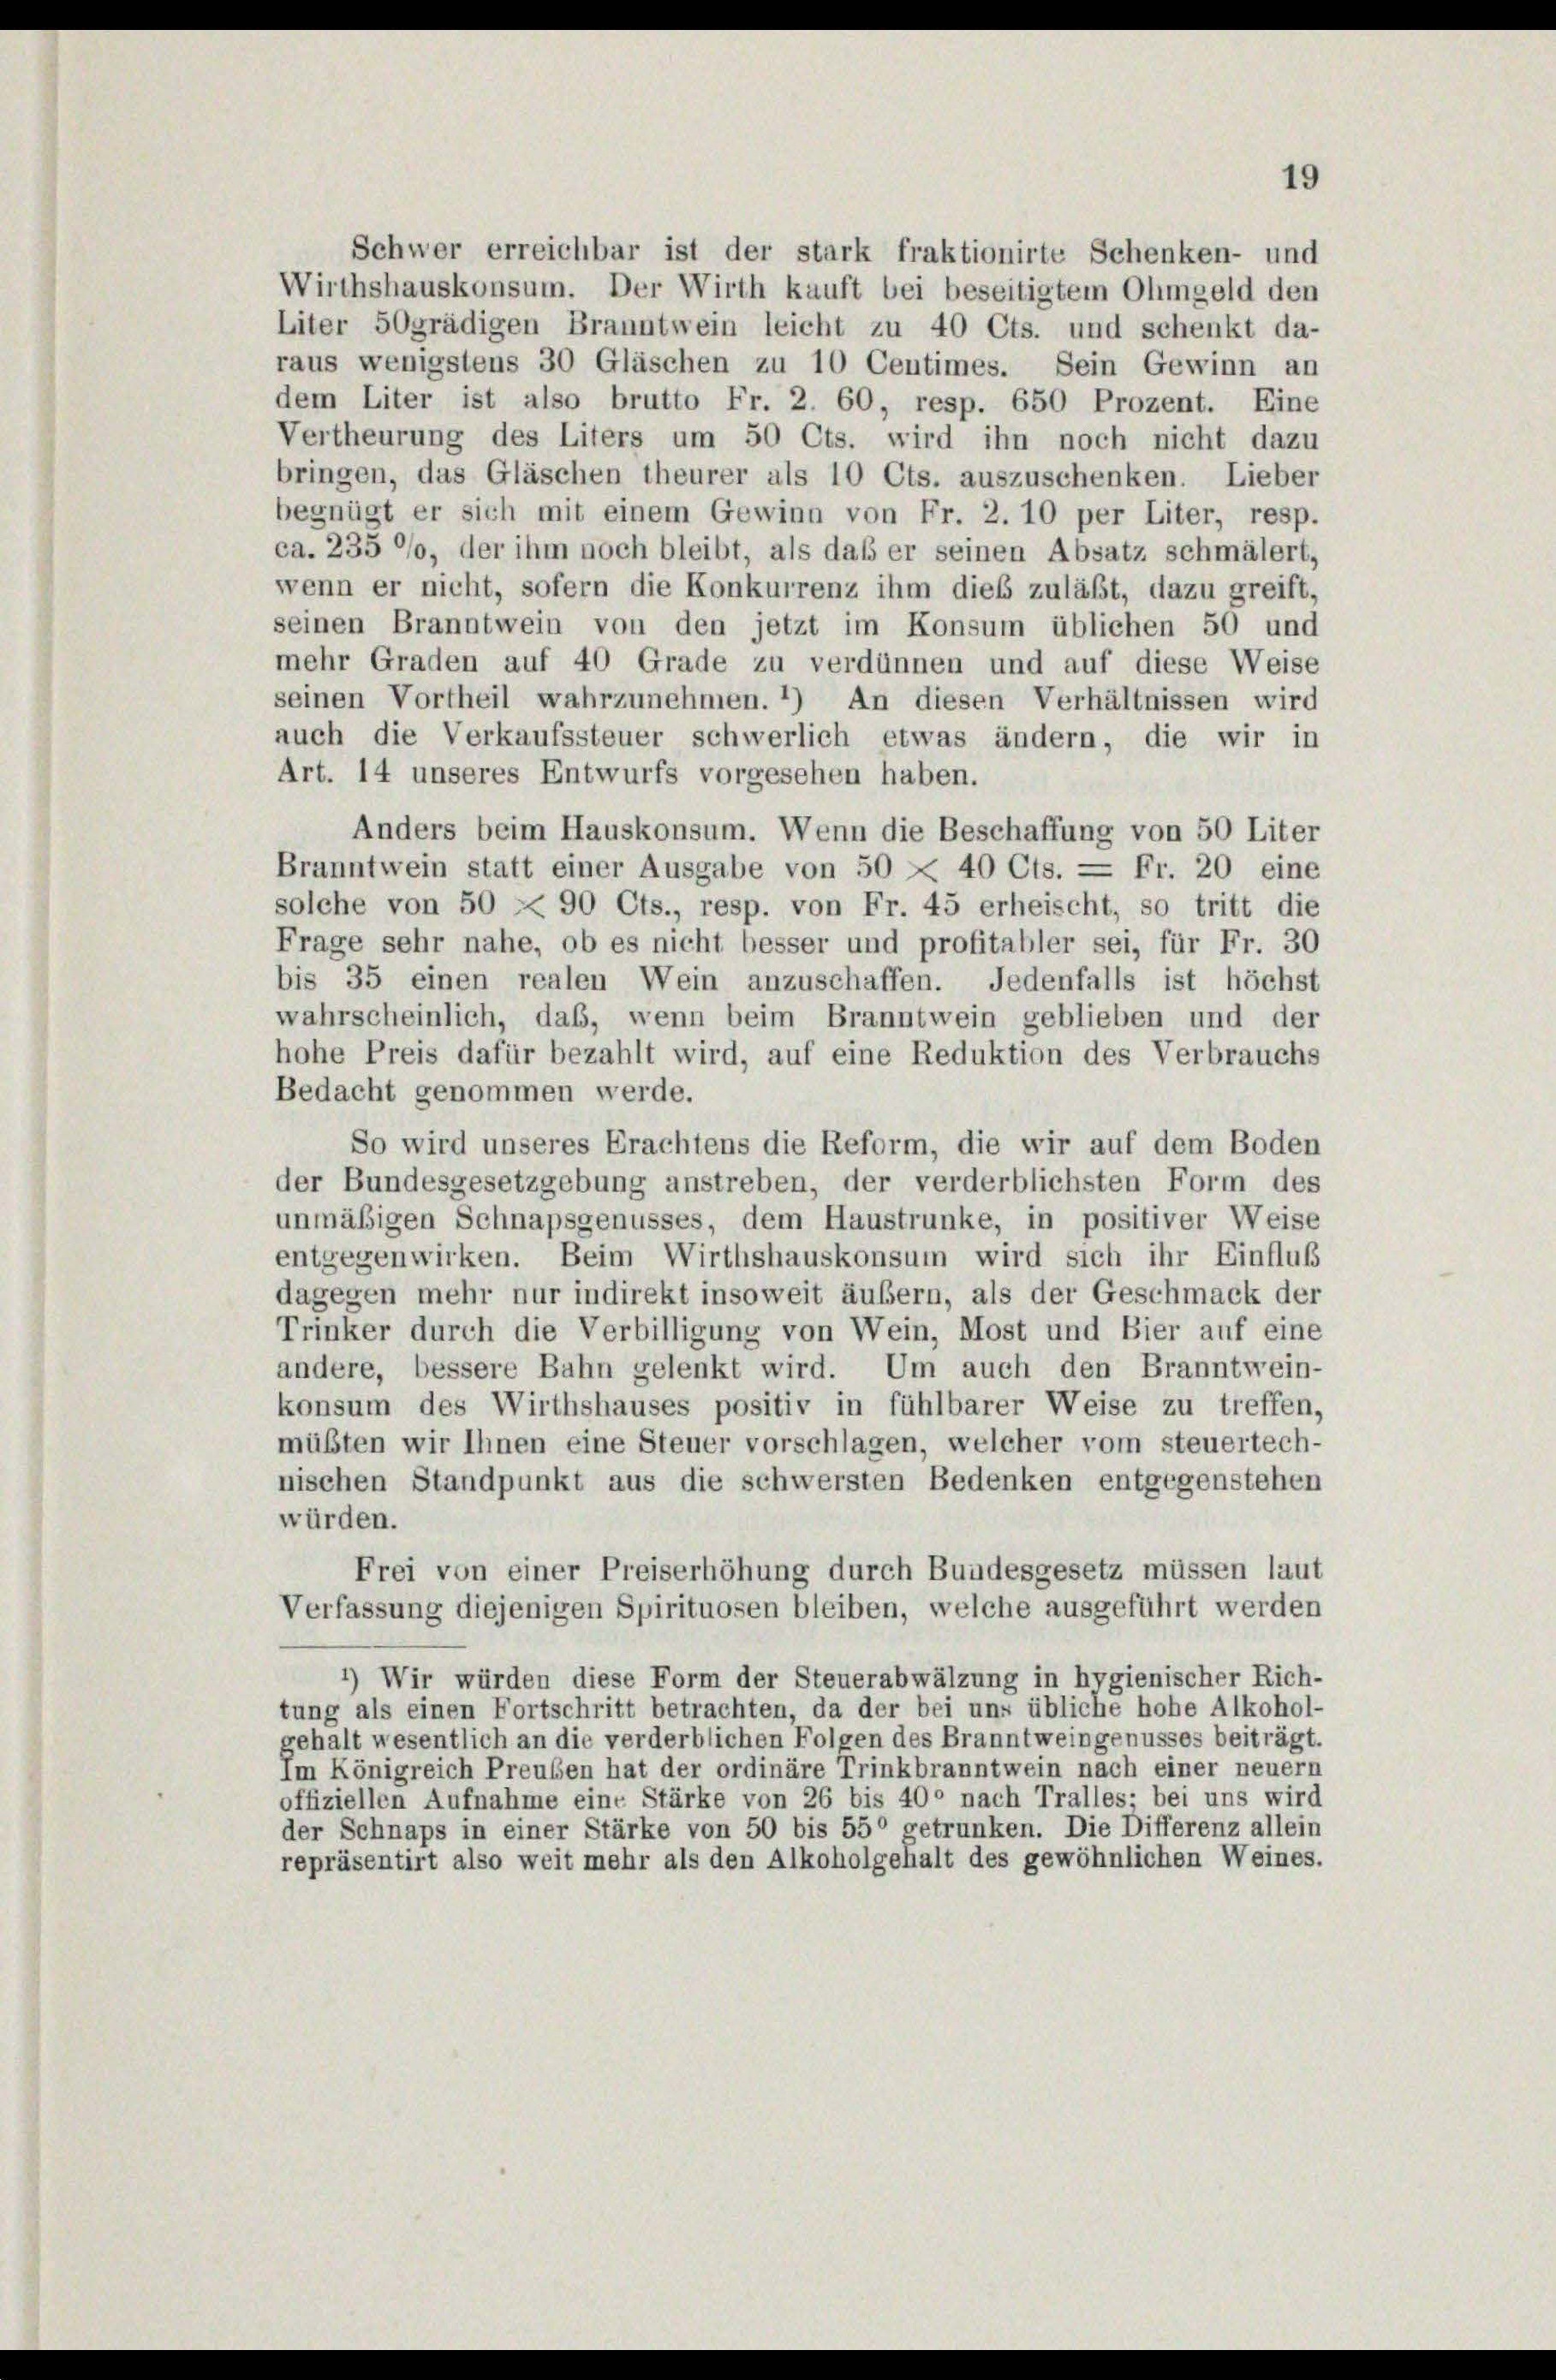
Schwer erreichbar ist der stark fraktionirte Schenken- und
Wirthshauskonsum. Der Wirth kauft bei beseitigtem Ohmgeld den
Liter 5Ogrädigen Branntwein leicht zu 40 Cts. und schenkt da-
raus wenigstens 30 Gläschen zu 10 Centimes. Sein Gewinn an
dem Liter ist also brutto Fr. 2. 60, resp. 650 Prozent. Eine
Vertheurung des Liters um 50 Cts. wird ihn noch nicht dazu
bringen, das Gläschen theurer als 10 Cts. auszuschenken. Lieber
begnügt er sich mit einem Gewinn von Fr. 2. 10 per Liter, resp.
ca. 235 °/o, der ihm noch bleibt, als das er seinen Absatz schmälert,
wenn er nicht, sofern die Konkurrenz ihm dies zuläßt, dazu greift,
seinen Branntwein von den jetzt im Konsum üblichen 50 und
mehr Graden auf 40 Grade zu verdünnen und auf diese Weise
seinen Vortheil wahrzunehmen. *) An diesen Verhältnissen wird
auch die Verkaufssteuer schwerlich etwas ändern, die wir in
Art. 14 unseres Entwurfs vorgesehen haben.
Anders beim Hauskonsum. Wenn die Beschaffung von 50 Liter
Branntwein statt einer Ausgabe von 50 X 40 Cts. = Fr. 20 eine
solche von 50 XX 90 Cts., resp. von Fr. 45 erheischt, so tritt die
Frage sehr nahe, ob es nicht besser und profitabler sei, für Fr. 30
bis 35 einen realen Wein anzuschaffen. Jedenfalls ist höchst
wahrscheinlich, daß, wenn beim Branntwein geblieben und der

hohe Preis dafür bezahlt wird, auf eine Reduktion des Verbrauchs
Bedacht genommen werde.
So wird unseres Erachtens die Reform, die wir auf dem Boden
der Bundesgesetzgebung anstreben, der verderblichsten Form des
unmäßigen Schnapsgenusses, dem Haustrunke, in positiver Weise
entgegenwirken. Beim Wirthshauskonsum wird sich ihr Einfluß
dagegen mehr nur indirekt insoweit äußern, als der Geschmack der
Trinker durch die Verbilligung von Wein, Most und Bier auf eine
andere, bessere Bahn gelenkt wird. Um auch den Branntwein-
konsum des Wirthshauses positiv in fühlbarer Weise zu treffen,
müßten wir Ihnen eine Steuer vorschlagen, welcher vom steuertech-
nischen Standpunkt aus die schwersten Bedenken entgegenstehen
würden.
Frei von einer Preiserhöhung durch Bundesgesetz müssen laut
Verfassung diejenigen Spirituosen bleiben, welche ausgeführt werden
*) Wir würden diese Form der Steuerabwälzung in hygienischer Rich-
tung als einen Fortschritt betrachten, da der bei uns übliche hohe Alkohol-
gehalt wesentlich an die verderblichen Folgen des Branntweingenusses beiträgt.
Im Königreich Preuben hat der ordinäre Trinkbranntwein nach einer neuern
offiziellen Aufnahme eine Stärke von 26 bis 400 nach Tralles; bei uns wird
der Schnaps in einer Stärke von 50 bis 55° getrunken. Die Differenz allein
repräsentirt also weit mehr als den Alkoholgehalt des gewöhnlichen Weines.

19